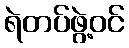
ရဲတပ်ဖွဲ့ဝင်